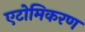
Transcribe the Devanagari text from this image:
एटोमिकरण